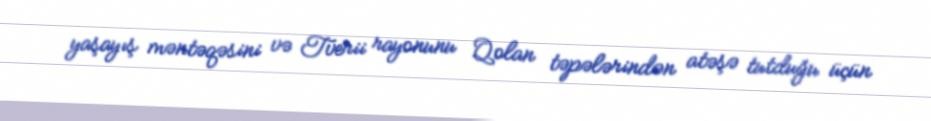
yaşayış məntəqəsini və Tverii rayonunu Qolan təpələrindən atəşə tutduğu üçün